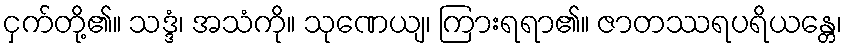
ငှက်တို့၏။ သဒ္ဒံ၊ အသံကို။ သုဏေယျ၊ ကြားရရာ၏။ ဇာတဿရပရိယန္တေ၊